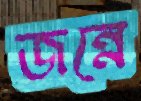
জন্নে